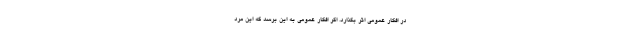
در افکار عمومی اثر بگذارد. اگر افکار عمومی به این برسد که این مرد